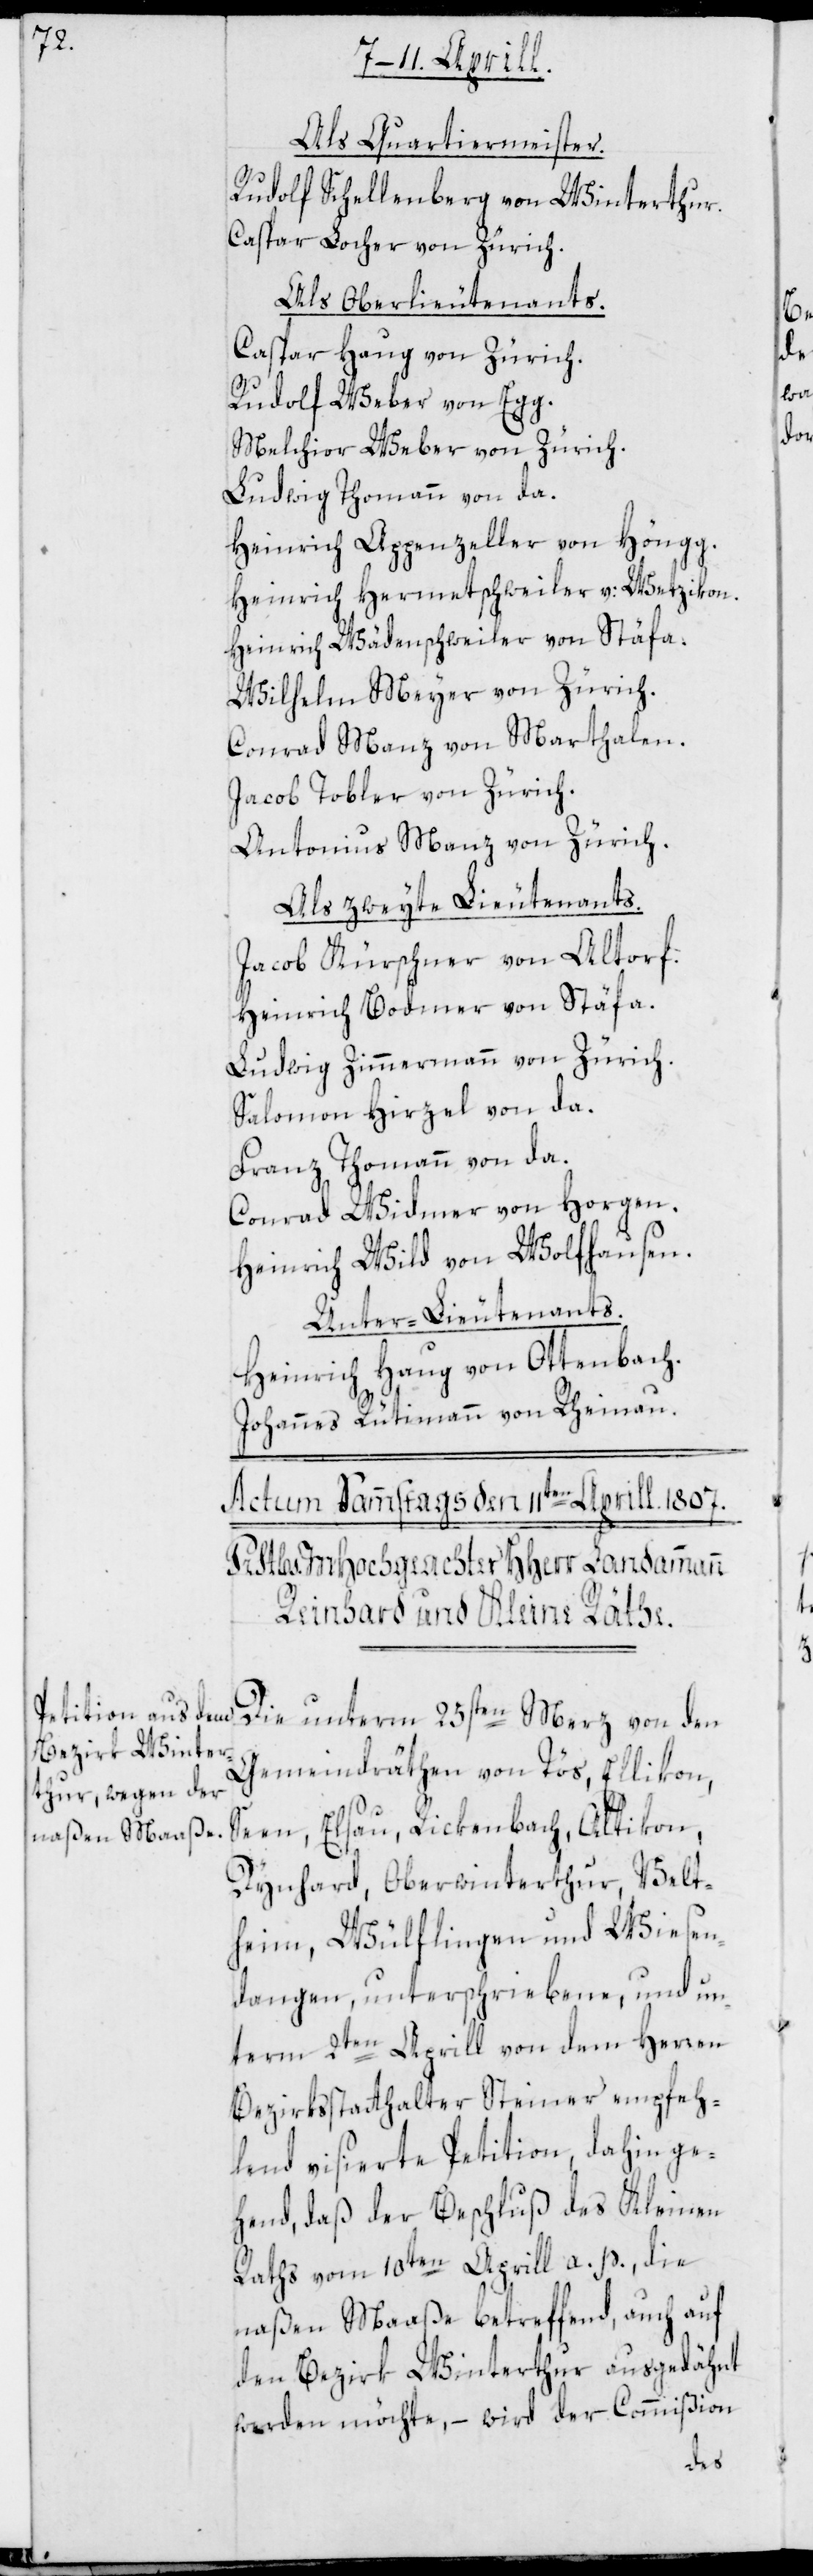
Als Quartiermeister.
Rudolf Schellenberg von Winterthur.
Caspar Locher von Zürich.
Als Oberlieutenants.
Caspar Haug von Zürich.
Rudolf Weber von Egg.
Melchior Weber von Zürich.
Ludwig Thomann von da.
Heinrich Appenzeller von Höngg.
Heinrich Hermetschweiler v: Wetzikon.
Heinrich Wädenschweiler von Stäfa.
Wilhelm Meyer von Zürich.
Conrad Manz von Marthalen.
Jacob Tobler von Zürich.
Antonius Manz von Zürich.
Als zweyte Lieutenants.
Jacob Kürschner von Altorf.
Heinrich Bodmer von Stäfa.
Ludwig Zimmermann von Zürich.
Salomon Hirzel von da.
Franz Thomann von da.
Conrad Widmer von Horgen.
Heinrich Wild von Wolfhausen.
Unter-Lieutenants.
Heinrich Haug von Ottenbach.
Johannes Rütimann von Rheinau.
Die unterm 25sten Merz von den
Gemeindräthen von Tös, Ellikon,
Seen, Elsau, Rickenbach, Altikon,
Dynhard, Oberwinterthur, Velt¬
heim, Wülflingen und Wiesen¬
dangen, unterschriebene, und un¬
term 2ten Aprill von dem Herren
Bezirksstatthalter Steiner empfeh¬
lend visierte Petition, dahin ge¬
hend, daß der Beschluß des Kleinen
Raths vom 10ten Aprill a.p., die
naßen Maaße betreffend, auch auf
den Bezirk Winterthur ausgedähnt
werden möchte, – wird der Commißion